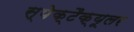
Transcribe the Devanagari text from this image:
स्पेक्टैक्यूलर